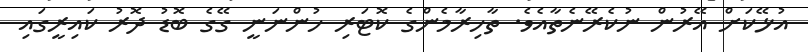
އުޅޭކަށް އޭރުން ނުކެރޭނެތާއެވެ. ތާހިރާމެންގެ ކޮޓަރި ހުންނަނީ ގޭގެ ބޮޑު ދޮރު ކައިރީގައި